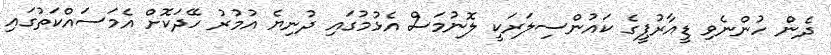
ދެން ހުންނެވި ޑީއާރުޕީގެ ކައުންސިލަރަކީ ލޮނުމަސް އެޅުމުގައި ދުނިޔެ އުމުރު ހޭދަކޮށް އެމަސައްކަތުގައި